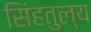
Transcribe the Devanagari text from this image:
सिंहतुल्य